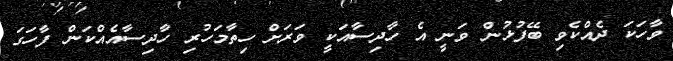
ވާހަކަ ދެއްކެވި ބޭފުޅުން ވަނީ އެ ހާދިސާއަކީ ވަރަށް ހިތާމަހުރި ހާދިސާއެއްކަން ފާހަގަ